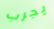
يجرب